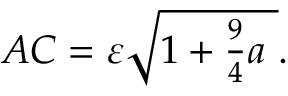
A C = \textstyle \varepsilon { \sqrt { 1 + { \frac { 9 } { 4 } } a \ } } .